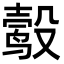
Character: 𬆮